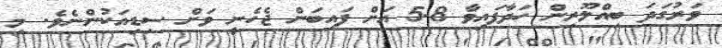
ވަރުގަދަ ބިއްލޫރިން ހަދާފައިވާ 5.8 އަށް ފައިބަން ޖެހެނީ ވަށް ސިޑިއަކުންނެވެ. މި